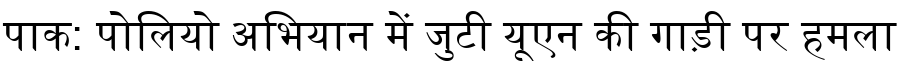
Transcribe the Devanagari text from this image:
पाक: पोलियो अभियान में जुटी यूएन की गाड़ी पर हमला